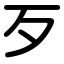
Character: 歹